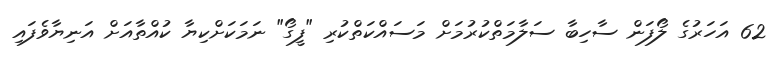
62 އަހަރުގެ ލޯފަން ސާހިބާ ސަލާމަތްކުރުމަށް މަސައްކަތްކުރި "ފީގޯ" ނަމަކަށްކިޔާ ކުއްތާއަށް އަނިޔާވެފައި